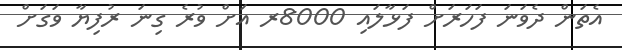
އެތަން ދެވަނަ ފަހަރަށް ފަޅާލައި 8000ރ އަށް ވުރެ ގިނަ ރުފިޔާ ވަގަށް